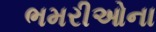
ભમરીઓના